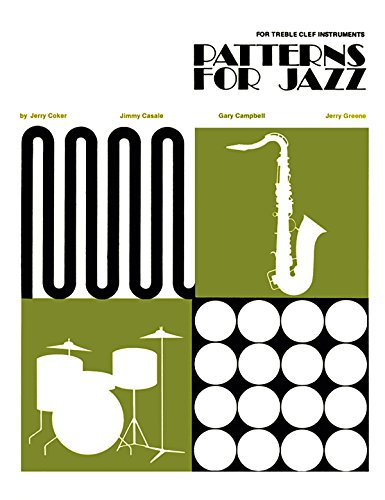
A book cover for Patterns for Jazz: Treble Clef; Arts & Photography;